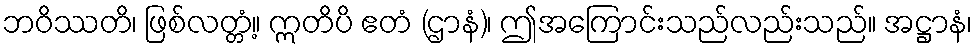
ဘဝိဿတိ၊ ဖြစ်လတ္တံ့။ ဣတိပိ ဧတံ (ဌာနံ)၊ ဤအကြောင်းသည်လည်းသည်။ အဋ္ဌာနံ၊